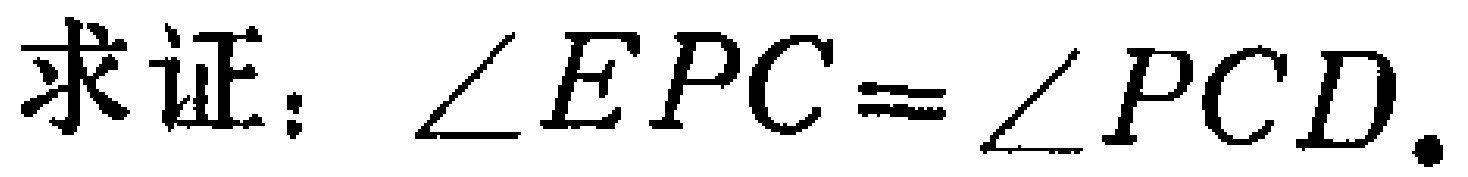
求证：\(\angle EPC=\angle PCD\).